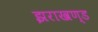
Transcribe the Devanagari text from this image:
झराखण्ड